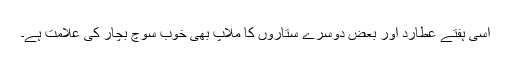
اسی ہفتے عطارد اور بعض دوسرے ستاروں کا ملاپ بھی خوب سوچ بچار کی علامت ہے۔